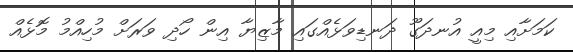
ކަމަށާއި މިއީ އުނދަގޫ ދަނޑިވަޅެއްގައި މާޒިޔާ އިން ހޯދި ވަރަށް މުހިއްމު މޮޅެއް